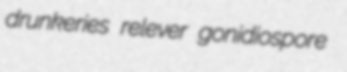
drunkeries relever gonidiospore